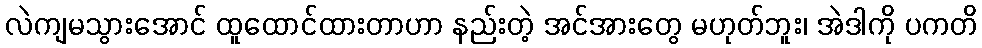
လဲကျမသွားအောင် ထူထောင်ထားတာဟာ နည်းတဲ့ အင်အားတွေ မဟုတ်ဘူး၊ အဲဒါကို ပကတိ